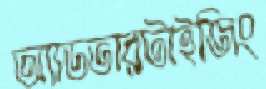
অ্যাডভারটাইজিং